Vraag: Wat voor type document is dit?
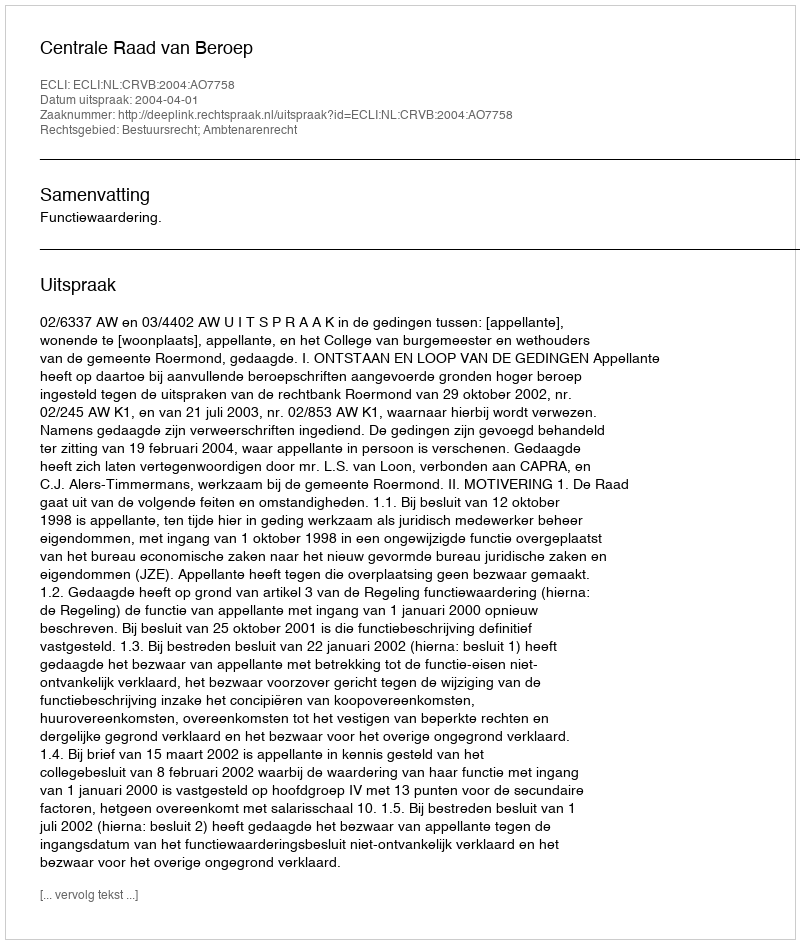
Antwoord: Uitspraak